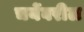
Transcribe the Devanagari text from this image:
चर्येवरील